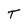
Character: T